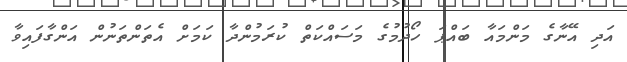
އަދި އޭނާގެ މަންމައާ ބައްޕަ ހޯދުމުގެ މަސައްކަތް ކުރަމުންދާ ކަމަށް އެތަންތަނުން އަންގާފައިވާ